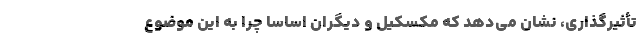
تأثیر‌گذاری، نشان می‌دهد که مکسکیل و دیگران اساساً چرا به این موضوع